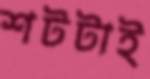
শটটাই